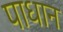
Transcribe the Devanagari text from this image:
पाधान